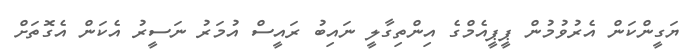
ޔަގީންކަން އެރުވުމުން ޕީޕީއެމްގެ އިންތިގާލީ ނައިބު ރައީސް އުމަރު ނަސީރު އެކަން އެގޮތަށް